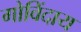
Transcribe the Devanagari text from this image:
गोविंदाय